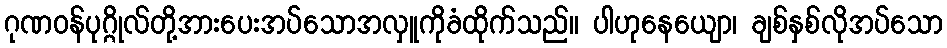
ဂုဏဝန်ပုဂ္ဂိုလ်တို့အားပေးအပ်သောအလှူကိုခံထိုက်သည်။ ပါဟုနေယျော၊ ချစ်နှစ်လိုအပ်သော